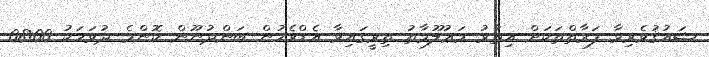
ޝައުޤުވެރިވާ ފަރާތްތަކަށް އިތުރު މަޢުލޫމާތު ތިރީގައިވާ އެޑްރެހުން ބަންދުނޫން ކޮންމެ ދުވަހަކު 08:00